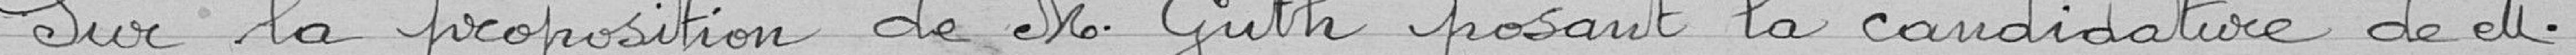
Sur la proposition de M. Guth posant la candidature de M.